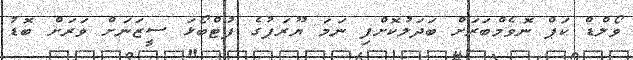
ވޯލްޑް ކަޕް ނޮވެމްބަރަށް ބަދަލުކޮށްފި ނަމަ ޔޫރަޕުގެ ފުޓްބޯޅަ ސީޒަނަށް ވަރަށް ބޮޑު